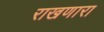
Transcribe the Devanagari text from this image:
राखणारा